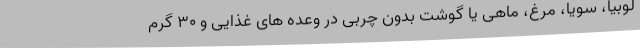
لوبیا، سویا، مرغ، ماهی یا گوشت بدون چربی در وعده های غذایی و 30 گرم